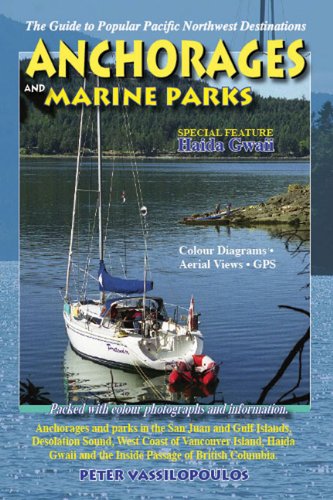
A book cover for Anchorages and Marine Parks; Peter Vassilopoulos; Travel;